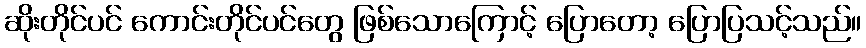
ဆိုးတိုင်ပင် ကောင်းတိုင်ပင်တွေ ဖြစ်သောကြောင့် ပြောတော့ ပြောပြသင့်သည်။